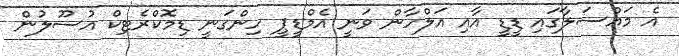
އެ މައްސަލާގައި ޑީޑީ އާއި އަލްހާން ވަނީ އެމްޑީޕީ ހިންގަނީ ޑިމޮކްރެޓިކް އުސޫލުން